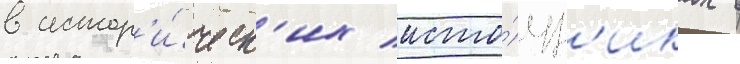
в истор'и́ческ'их исто́чн'иках в